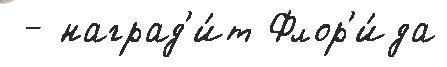
 - наград'и́т Флор'и́да